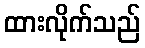
ထားလိုက်သည်